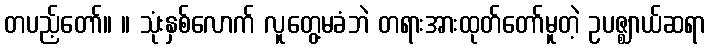
တပည့်တော်။ ။ သုံးနှစ်လောက် လူတွေ့မခံဘဲ တရားအားထုတ်တော်မူတဲ့ ဥပဇ္ဈာယ်ဆရာ